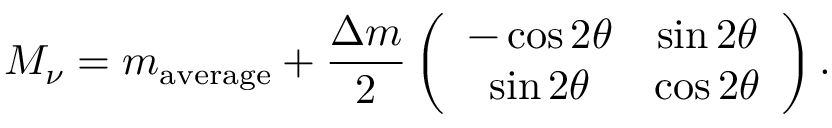
M _ { \nu } = m _ { \mathrm { a v e r a g e } } + \frac { \Delta m } { 2 } \left( \begin{array} { c c } { { - \cos 2 \theta } } & { { \sin 2 \theta } } \\ { { \sin 2 \theta } } & { { \cos 2 \theta } } \end{array} \right) .